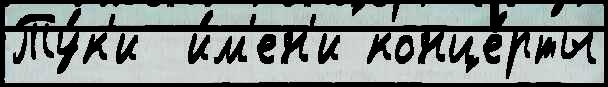
Ту́к'и  и́м'ен'и конце́рты